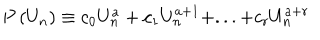
LaTeX: P \left( U _ { n } \right) \equiv c _ { 0 } U _ { n } ^ { a } + c _ { 1 } U _ { n } ^ { a + 1 } + . . . + c _ { r } U _ { n } ^ { a + r }